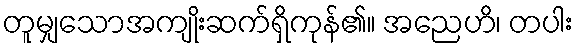
တူမျှသောအကျိုးဆက်ရှိကုန်၏။ အညေဟိ၊ တပါး